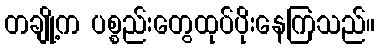
တချို့က ပစ္စည်းတွေထုပ်ပိုးနေကြသည်။